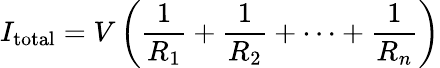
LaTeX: I_{\mathrm{total}}=V\left({\frac{1}{R_{1}}}+{\frac{1}{R_{2}}}+\cdots+{\frac{1}{R_{n}}}\right)